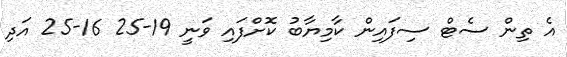
އެ ތިން ސެޓް ސިފައިން ކާމިޔާބު ކޮށްފައި ވަނީ 19-25 16-25 އަދި